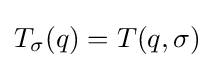
T_{\sigma }(q)=T(q,\sigma )